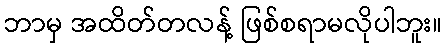
ဘာမှ အထိတ်တလန့် ဖြစ်စရာမလိုပါဘူး။